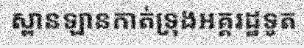
ស្ពានឡានកាត់ទ្រុងអគ្គរដ្ឋទូត